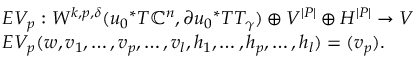
\begin{array} { r l } & { E V _ { p } : W ^ { k , p , \delta } ( { u _ { 0 } } ^ { * } T \mathbb { C } ^ { n } , \partial { u _ { 0 } } ^ { * } T T _ { \gamma } ) \oplus V ^ { | P | } \oplus H ^ { | P | } \to V } \\ & { E V _ { p } ( w , v _ { 1 } , \dots , v _ { p } , \dots , v _ { l } , h _ { 1 } , \dots , h _ { p } , \dots , h _ { l } ) = ( v _ { p } ) . } \end{array}